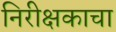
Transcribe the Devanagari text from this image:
निरीक्षकाचा